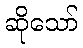
ဆိုသော်